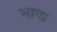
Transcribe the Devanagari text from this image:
भाफ